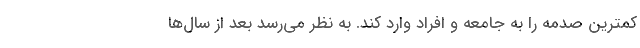
کمترین صدمه را به جامعه و افراد وارد کند. به نظر می‌رسد بعد از سال‌ها